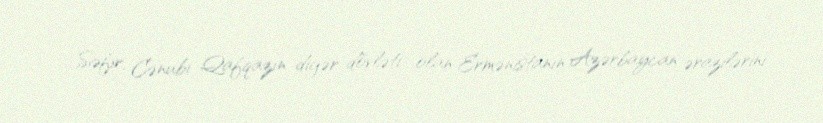
Səfir, Cənubi Qafqazın digər dövləti olan Ermənistanın Azərbaycan ərazilərini